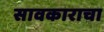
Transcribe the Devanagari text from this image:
सावकाराचा